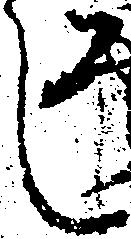
し